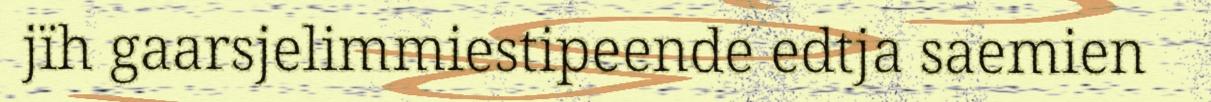
jïh gaarsjelimmiestipeende edtja saemien